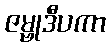
ဇမ္ဗုဒီပကာ